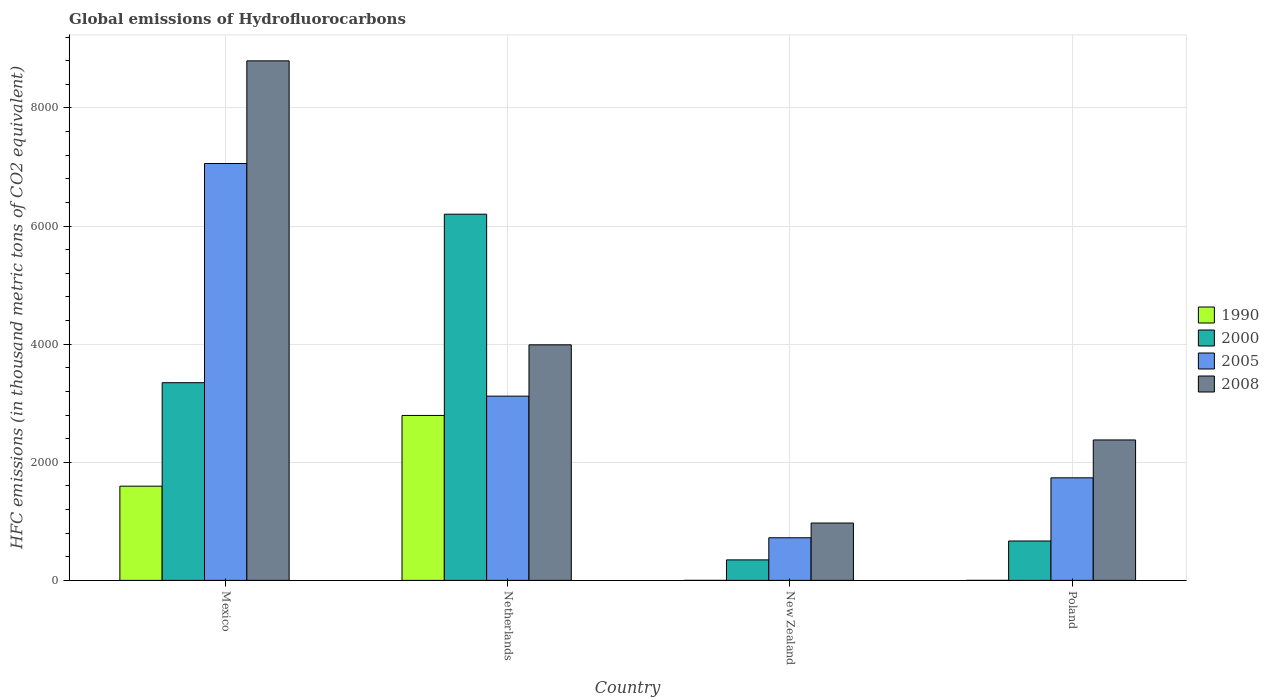
| Country | 1990 | 2000 | 2005 | 2008 |
 | --- | --- | --- | --- | --- |
 | Mexico | 1.6e+03 | 3.35e+03 | 7.06e+03 | 8.8e+03 |
 | Netherlands | 2.79e+03 | 6.2e+03 | 3.12e+03 | 3.99e+03 |
 | New Zealand | 0.2 | 347 | 722 | 971 |
 | Poland | 0.1 | 667 | 1.74e+03 | 2.38e+03 |